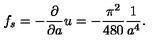
f _ { s } = - { \frac { \partial } { \partial a } } u = - { \frac { \pi ^ { 2 } } { 4 8 0 } } { \frac { 1 } { a ^ { 4 } } } .